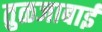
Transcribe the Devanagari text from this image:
तुळजाबाई